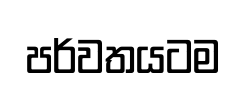
පර්වතයටම